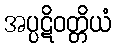
အပ္ပဋိဝတ္တိယံ